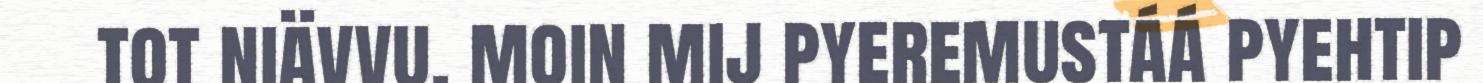
tot niävvu, moin mij pyeremustáá pyehtip